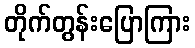
တိုက်တွန်းပြောကြား